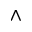
\land